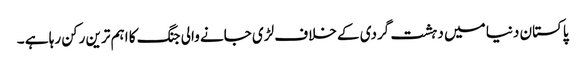
پاکستان دنیا میں دہشت گردی کے خلاف لڑی جانے والی جنگ کا اہم ترین رکن رہا ہے ۔